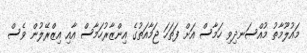
މައުލޫމާތު މުއްސަނދިވި ހަމާސް އަށް ފަތަހަ ޖަމާއަތުގެ އިންޒާރުހަމާސް އާއި އިޒްރޭލުން ވެސް